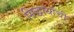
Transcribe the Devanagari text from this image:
सिद्धार्थाची